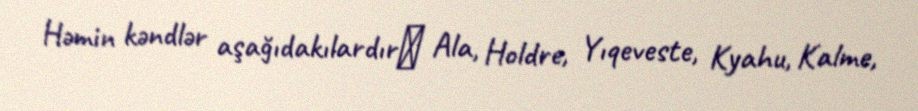
Həmin kəndlər aşağıdakılardırː Ala, Holdre, Yıqeveste, Kyahu, Kalme,